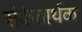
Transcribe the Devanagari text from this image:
संकेतार्थक